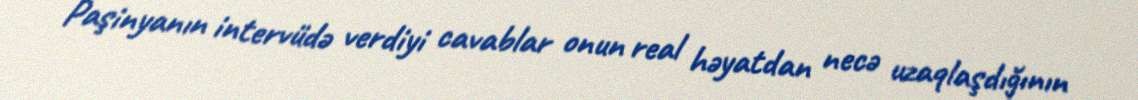
Paşinyanın intervüdə verdiyi cavablar onun real həyatdan necə uzaqlaşdığının